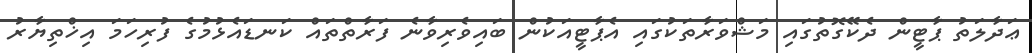
ޢަދާލަތު ޕާޓީން ދެކޭގޮތުގައި މަޝްވަރާތަކުގައި އެޕާޓީއަކުން ބައިވެރިވާނެ ފަރާތްތައް ކަނޑައެޅުމުގެ ފުރިހަމަ އިޚްތިޔާރު